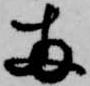
両